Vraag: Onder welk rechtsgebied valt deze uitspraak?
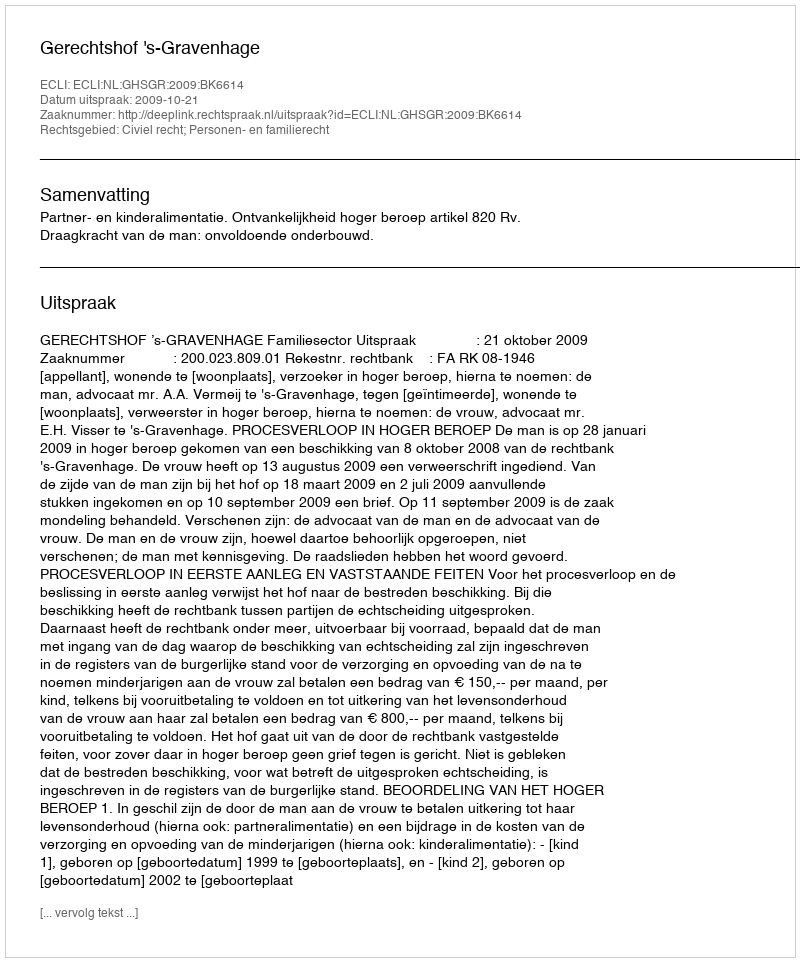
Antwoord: Civiel recht; Personen- en familierecht